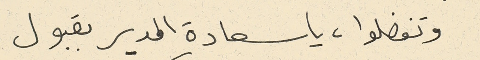
وتفضلوا، يا سعادة المدير بقبول